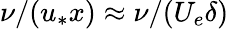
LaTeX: \nu/(u_{*}x)\approx\nu/(U_{e}\delta)